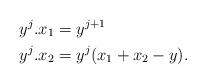
LaTeX: \begin{align*}y^{j}.x_1 &= y^{j+1} \\y^{j}.x_2 &= y^{j}(x_1+x_2-y).\end{align*}